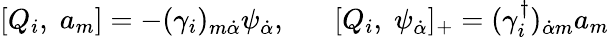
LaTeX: [Q_{i},\; a_{m}]=-(\gamma_{i})_{m\dot{\alpha}}\psi_{\dot{\alpha}},\; \; \; \; \; \; [Q_{i},\; \psi_{\dot{\alpha}}]_{+}=(\gamma_{i}^{\dagger})_{\dot{\alpha}m}a_{m}